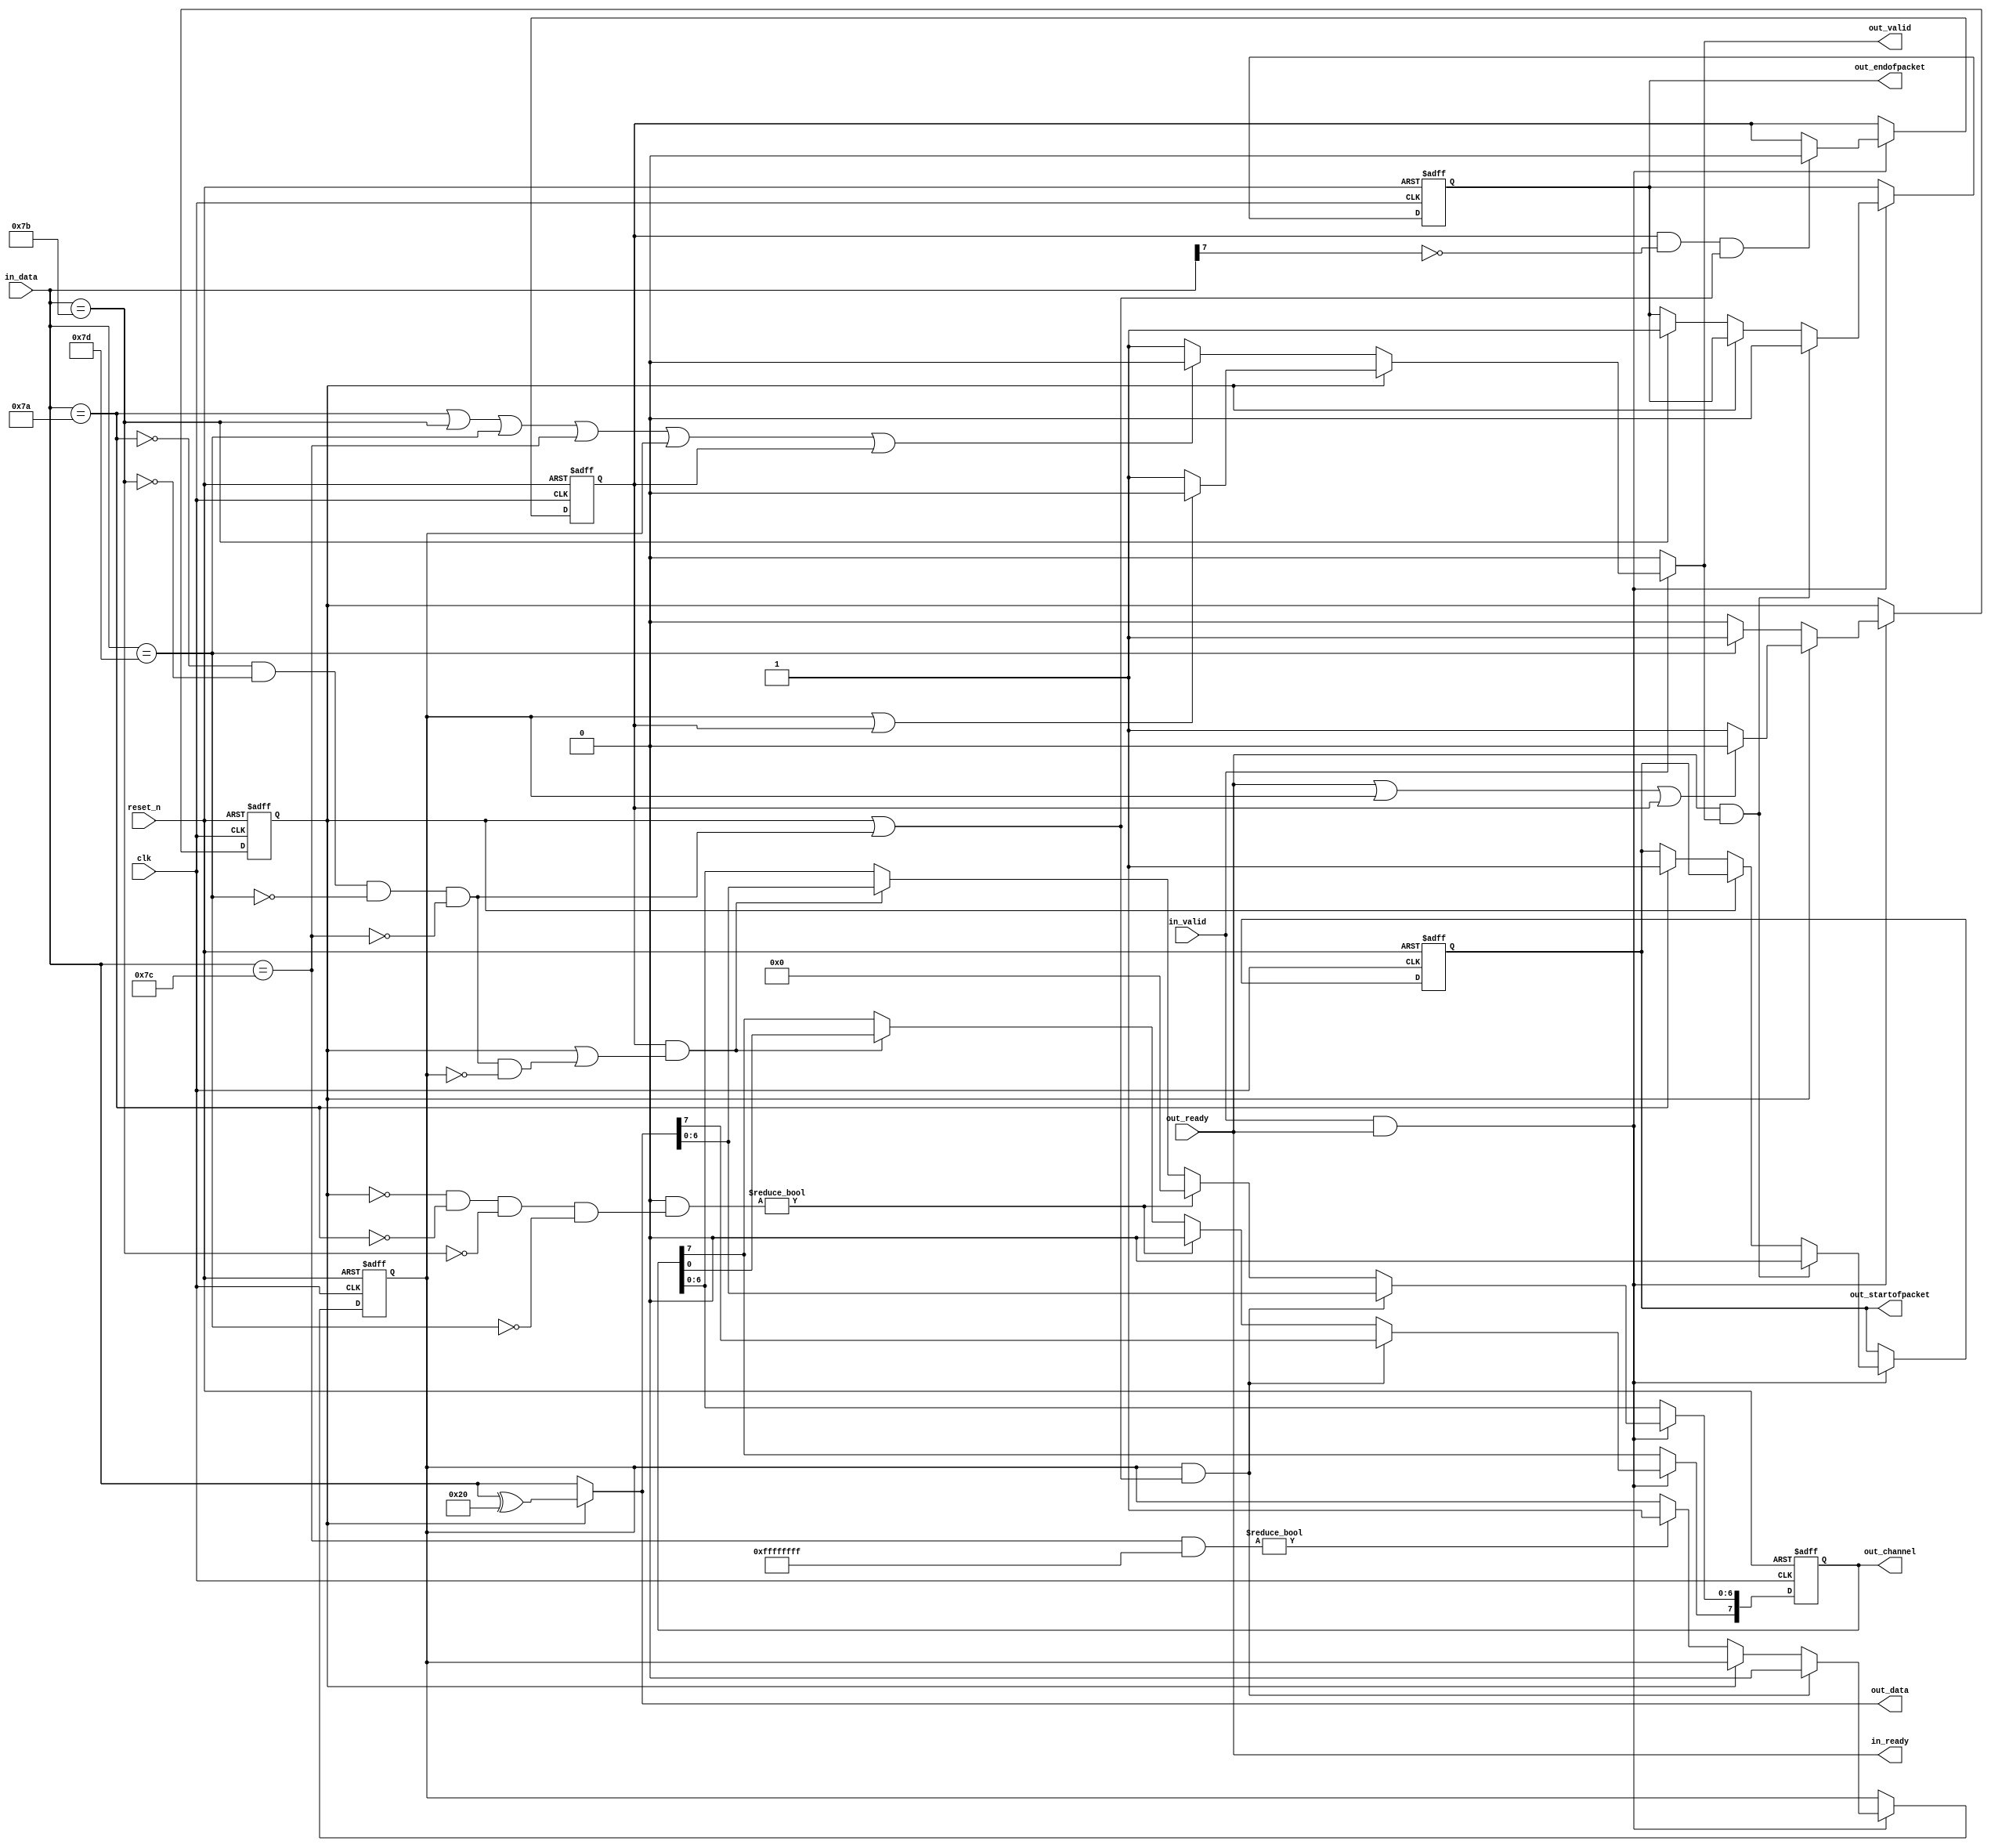
// --------------------------------------------------------------------------------
//| Avalon ST Bytes to Packet
// --------------------------------------------------------------------------------

`timescale 1ns / 100ps
module altera_avalon_st_bytes_to_packets
//setting the CHANNEL_WIDTH
#(parameter CHANNEL_WIDTH = 8,
	parameter ENCODING = 0) (

      // Interface: clk
      input              clk,
      input              reset_n,
      // Interface: ST out with packets
      input              out_ready,
      output reg         out_valid,
      output reg [7: 0]  out_data,
      output reg [CHANNEL_WIDTH-1: 0]  out_channel,
      output reg         out_startofpacket,
      output reg         out_endofpacket,

      // Interface: ST in 
      output reg         in_ready,
      input              in_valid,
      input      [7: 0]  in_data
);

   // ---------------------------------------------------------------------
   //| Signal Declarations
   // ---------------------------------------------------------------------

   reg  received_esc, received_channel, received_varchannel;
   wire escape_char, sop_char, eop_char, channel_char, varchannelesc_char;

   // data out mux.  
   // we need it twice (data & channel out), so use a wire here 
   wire [7:0] data_out;

   // ---------------------------------------------------------------------
   //| Thingofamagick
   // ---------------------------------------------------------------------

   assign sop_char     = (in_data == 8'h7a);
   assign eop_char     = (in_data == 8'h7b);
   assign channel_char = (in_data == 8'h7c);
   assign escape_char  = (in_data == 8'h7d);
	 assign varchannelesc_char = in_data[7];
	
   assign data_out = received_esc ? (in_data ^ 8'h20) : in_data;
   
   always @(posedge clk or negedge reset_n) begin
      if (!reset_n) begin
         received_esc <= 0;
         received_channel <= 0;
         received_varchannel <= 0;
         out_startofpacket <= 0;
         out_endofpacket <= 0;
      end else begin
         // we take data when in_valid and in_ready
         if (in_valid & in_ready) begin
            if (received_esc) begin
               //if we got esc char, after next byte is consumed, quit esc mode
               if (out_ready | received_channel | received_varchannel) received_esc <= 0;
            end else begin
               if (escape_char)    received_esc <= 1;
               if (sop_char)       out_startofpacket <= 1;
               if (eop_char)       out_endofpacket <= 1;
               if (channel_char & ENCODING ) received_varchannel <= 1;
               if (channel_char & ~ENCODING)   received_channel <= 1;
            end
            if (received_channel & (received_esc | (~sop_char & ~eop_char & ~escape_char & ~channel_char ))) begin
                  received_channel <= 0;
            end
            if (received_varchannel & ~varchannelesc_char & (received_esc | (~sop_char & ~eop_char & ~escape_char & ~channel_char ))) begin
            		received_varchannel <= 0;
            end
            if (out_ready  & out_valid) begin
               out_startofpacket <= 0;
               out_endofpacket <= 0;
            end 
         end
      end
   end

   always @(posedge clk or negedge reset_n) begin
      if (!reset_n) begin
         out_channel <= 'h0;
      end else begin
         if (in_ready & in_valid) begin
            if (received_channel & (received_esc | (~sop_char & ~eop_char & ~escape_char & ~channel_char))) begin
               out_channel <= data_out;
            end else if ((channel_char & ENCODING) & (~received_esc & ~sop_char & ~eop_char & ~escape_char )) begin
               out_channel <= 'h0;
            end else if (received_varchannel & (received_esc | (~sop_char & ~eop_char & ~escape_char & ~channel_char  & ~received_channel))) begin
            	out_channel <= out_channel <<7;
            	out_channel[6:0] <= data_out[6:0];
            end
         end
      end
   end
   always @* begin
      //we choose not to pipeline here.  We can process special characters when
      //in_ready, but in a chain of microcores, backpressure path is usually
      //time critical, so we keep it simple here.
      in_ready = out_ready;

      //out_valid when in_valid, except when we are processing the special
      //characters.  However, if we are in escape received mode, then we are
      //valid
      out_valid = 0;
      if ((out_ready | ~out_valid) && in_valid) begin
         out_valid = 1;
         if (received_esc) begin 
           if (received_channel | received_varchannel) out_valid = 0;
         end else begin
            if (sop_char | eop_char | escape_char | channel_char | received_channel | received_varchannel) out_valid = 0;
         end
      end

      out_data = data_out; 
   end
endmodule